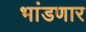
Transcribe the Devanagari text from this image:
भांडणार